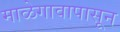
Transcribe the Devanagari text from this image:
माळेगावापासून